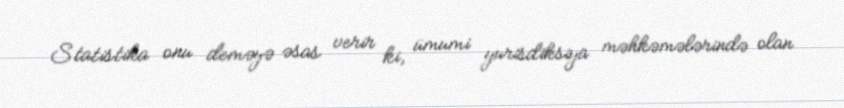
Statistika onu deməyə əsas verir ki, ümumi yurisdiksiya məhkəmələrində olan